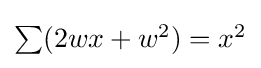
{\textstyle \sum (2wx+w^{2})=x^{2}}